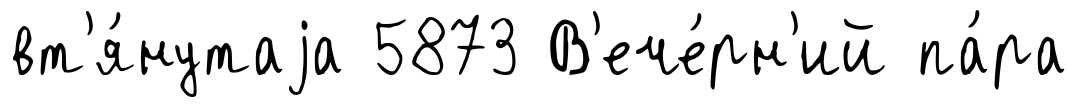
вт'я́нутаjа 5873 В'ече́рн'ий па́ра